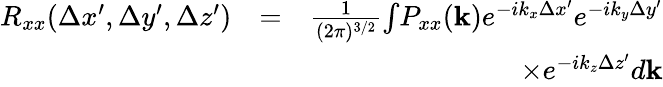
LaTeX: \begin{array}{rlr}{R_{xx}(\Delta x^{\prime},\Delta y^{\prime},\Delta z^{\prime})}&{=}&{\frac{1}{(2\pi)^{3/2}}{\int}P_{xx}(\mathbf{k})e^{-ik_{x}\Delta x^{\prime}}e^{-ik_{y}\Delta y^{\prime}}}\\ &{}&{\times e^{-ik_{z}\Delta z^{\prime}}d\mathbf{k}}\end{array}